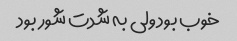
خوب بود ولی به شدت شور بود